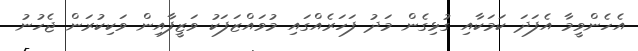
އެހެންވީމާ އެފަދަ ކަމަކާއި ގުޅިގެން މަދު ފަހަރެއްގައި މުވައްޒަފަކު ވަޒީފާއިން ވަކިކުރަން ޖެހުނު